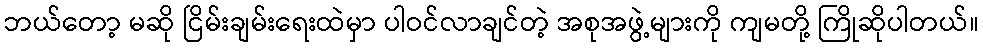
ဘယ်တော့ မဆို ငြိမ်းချမ်းရေးထဲမှာ ပါဝင်လာချင်တဲ့ အစုအဖွဲ့များကို ကျမတို့ ကြိုဆိုပါတယ်။